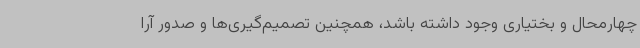
چهارمحال و بختیاری وجود داشته باشد، همچنین تصمیم‌گیری‌ها و صدور آرا